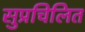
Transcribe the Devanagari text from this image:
सुप्रचिलित